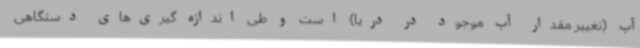
آب (تغییر مقدار آب موجود در دریا) است و طی اندازه گیری‌های دستگاهی